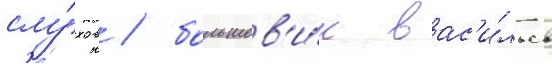
слу́хов / большев'и́к вас'и́льев